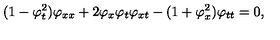
( 1 - \varphi _ { t } ^ { 2 } ) \varphi _ { x x } + 2 \varphi _ { x } \varphi _ { t } \varphi _ { x t } - ( 1 + \varphi _ { x } ^ { 2 } ) \varphi _ { t t } = 0 ,